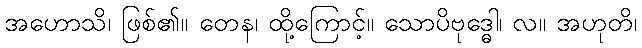
အဟောသိ၊ ဖြစ်၏။ တေန၊ ထို့ကြောင့်။ သောပိဗုဒ္ဓေါ၊ လ။ အဟုတိ၊